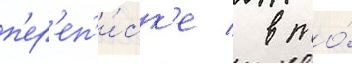
п'ер'еп'и́ск'е / в то́